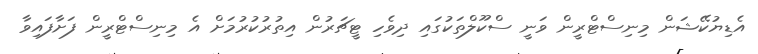
އެޑިޔުކޭޝަން މިނިސްޓްރީން ވަނީ ސްކޫލްތަކުގައި ދިވެހި ޓީޗަރުން އިތުރުކުރުމަށް އެ މިނިސްޓްރީން ފަށާފައިވާ